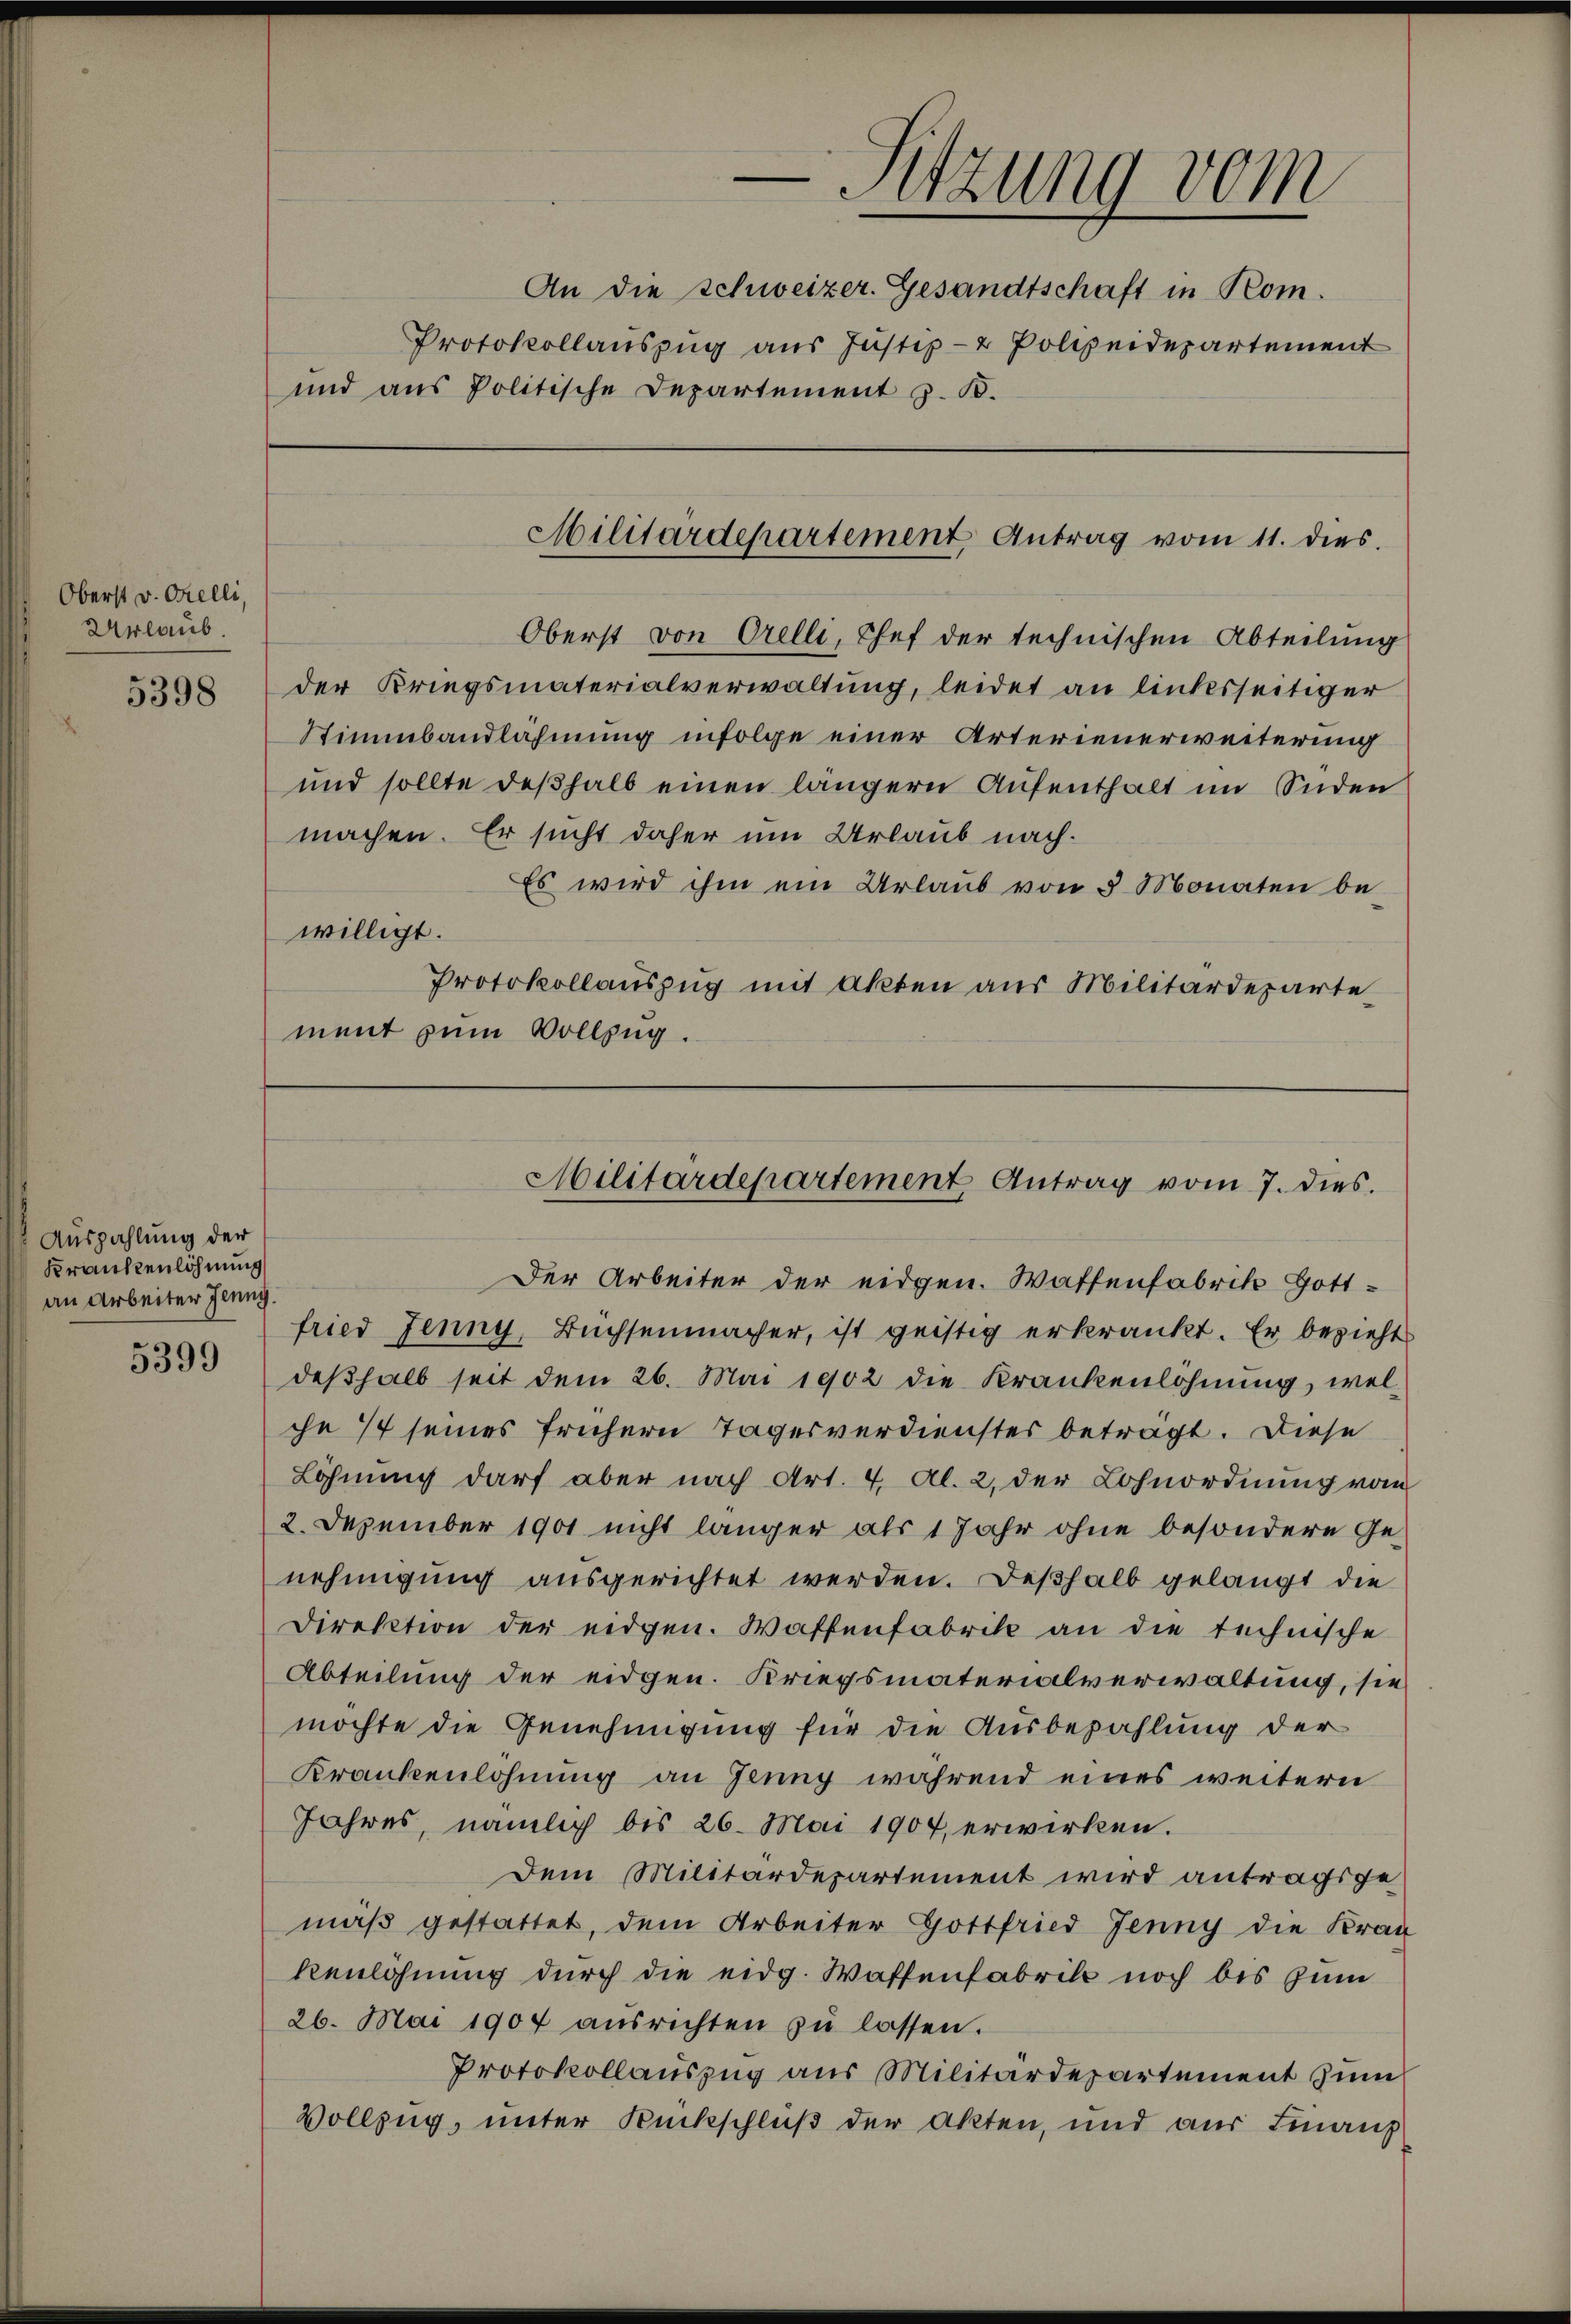
Oberst v. Orelli,
Urlaub.

5398

Auszahlung der
Krankenlöhnung
an Arbeiter Jenny.
5399

willigt.

—Sitzung vom
An die Schweizer. Gesandtschaft in Rom.
Protokollauszug aus Justiz- & Polizeidepartement
und aus Politische Departement z. B.

Militärdepartement Antrag vom 11. dies

Oberst von Orelli, Chef der technischen Abteilung
der Kriegsmaterialverwaltung, leidet an linksseitiger
Stimmbandlähmung infolge einer Arterienerweiterung
und sollte deßhalb einen längern Aufenthalt im Süden
machen. Er sucht daher um Urlaub nach.
Es wird ihm ein Urlaub von 5 Monaten be¬
Protokollauszug mit Akten aus Militärdeparte
ment zum Vollzug.

Militärdepartement Antrag vom 7. dies

Der Arbeiter der eidgen. Wattenfabrik Gottfried Jenny, Buchsenmacher, ist geistig erkrankt. Er bezieht
deßhalb seit dem 26. Mai 1902 die Krankenlohnung, welche 1 seines frühern Tagesverdienstes beträgt. Diese
Löhnung darf aber nach Art. 4, Al. 2, der Lohnordnung vom
2. Dezember 1901 nicht länger als 1 Jahr ohne besondere Ge-
nehmigung ausgerichtet werden. Deßhalb gelangt die
Direktion der eidgen. Waffenfabrik an die technische
Abteilung der eidgen. Kriegsmaterialverwaltung, sie
möchte die Genehmigung für die Ausbezahlung der
Krankenlöhnung an Jenny während eines weitern
Jahres, nämlich bis 26. Mai 1907 erwirken.
Dem Militärdepartement wird antragsge
mäβ gestattet, dem Arbeiter Gottfried Jenny die Kran
Renlöhnung durch die eidg. Waffenfabrik noch bis zum
26. Mai 1904 aŭsrichten zŭ lassen.
Protokollauszug aus Militärdepartement zum
Vollzug, unter Rückschluß der Akten, und aus Finanz